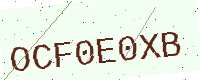
Text: OCF0E0XB